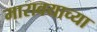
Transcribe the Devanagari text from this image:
मारावयाच्या